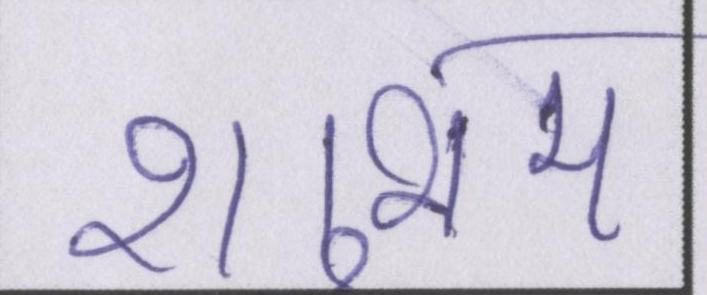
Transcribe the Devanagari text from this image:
शुभम